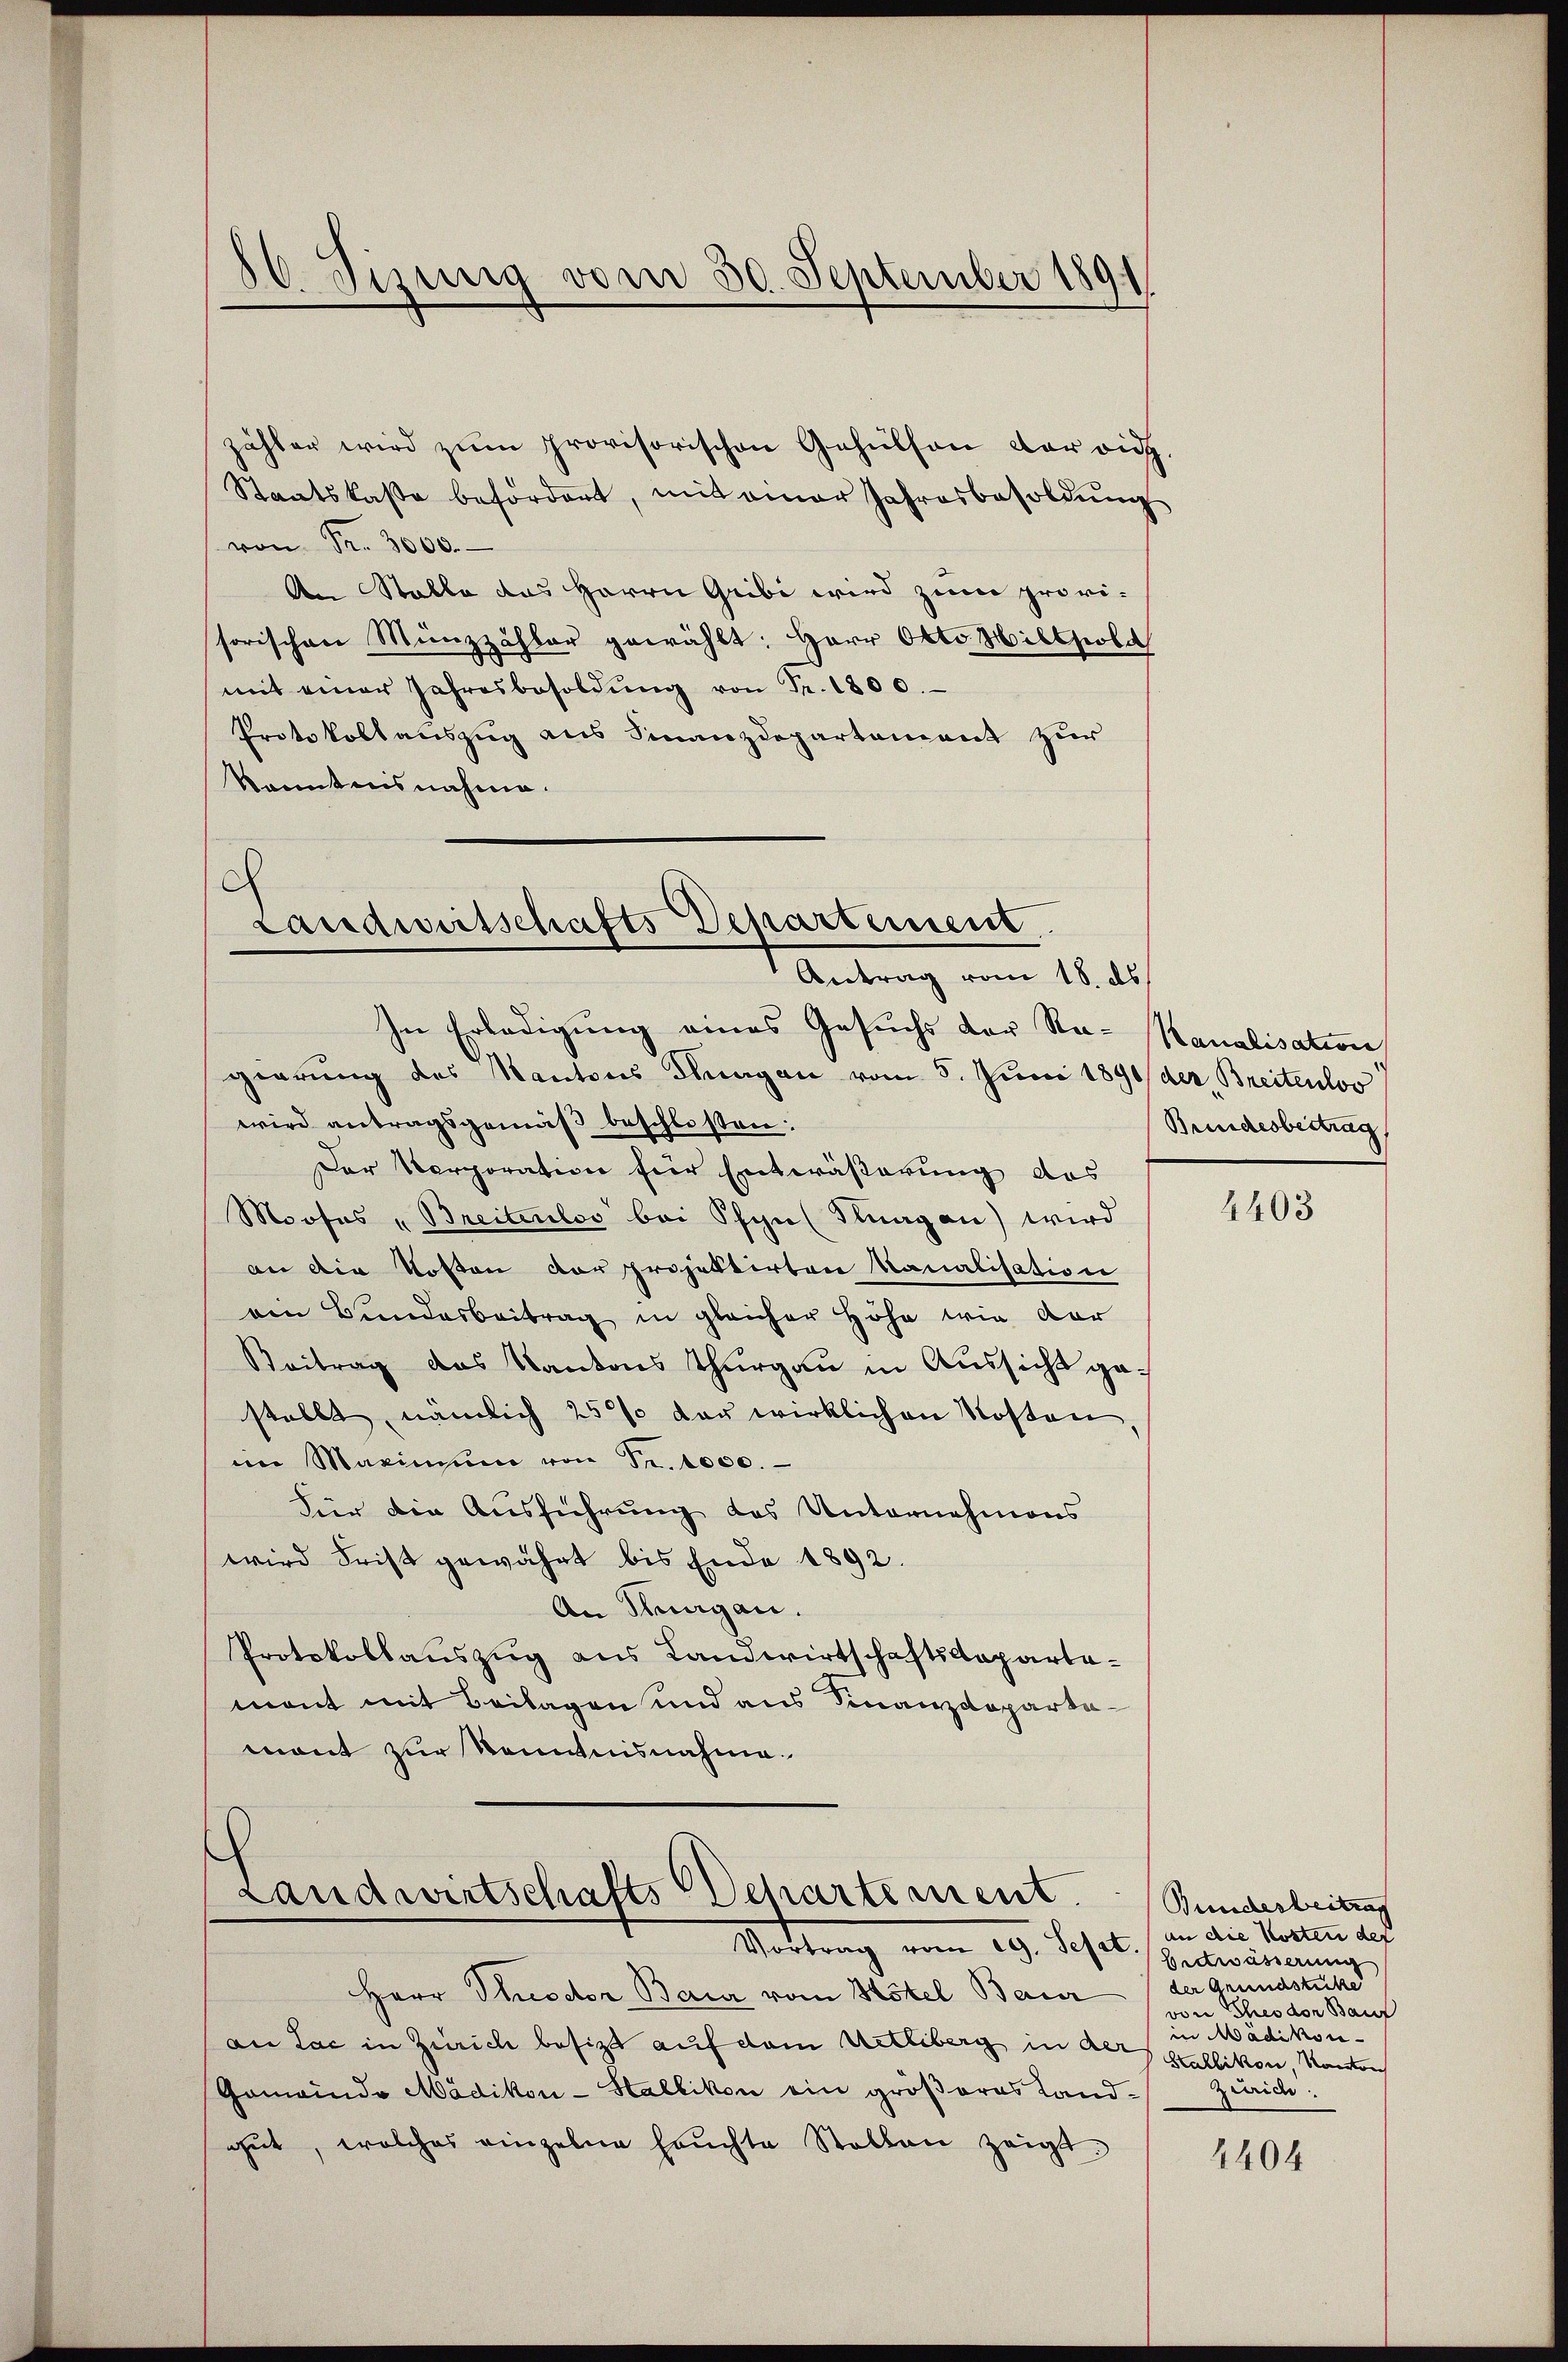
zähler wird zum provisorischen Gehülfen der rich.
Staatskasse befördert, mit einer Jahresbesoldung
von Fr. 3000.
An Stalle das Herrn Gribi wird zum provi-
sorischen Münzzähler gewählt: Herr Otto Hiltpola
mit einer Jahresbesoldŭng von Fr. 1800.
Protokollauszug aus Finanzdepartement zur
kanntnisnahme.

86 Sizig vom 30. September 1891

ch
Landwirtschafts Departement
Antrag vom 18. ds

In Erledigung eines Gesuchs der Re-Kanalisation
gierung des Kantons drungen vom 5. Juni 1890 der Breitenloo
wird antragsgemäß beschlossen:
Der Korporation für Entwässerung das
Mooses „Breitenlos bei Pfyn (Fluagan) wird
an die Kosten der projektirten Kanalisation
ein Bundesbeitrag in gleicher Höhe wie dar
Beitrag das Kantons Thurgau in Aussicht gestellt, nämlich 25% der wirklichen Kosten
im Maximum von Fr. 1000.
Für die Ausführung des Unternehmens
wird Frist gewährt bis Ende 1892.
An Thurgau.
Protokollauszug aus Landwirtschaftsdepartemont mit Beilagen und aus Finanzdepartemont zur Kenntnisnahme.

Landwirtschafts Departement.
Vortrag vom 29. Sept.

Herr Theodor Baur vom Hotel Baur
an Lac in Zürich besitzt auf dem Uetliberg in der Stallikon, Kanton
Gomainde Mädikon-Stallikon ein größeres Landgut, welches einzelne Haŭchte Stellen zeigt.

Bundesbeitrag

4403

Bundesbeitrag
an die Kosten der
Entwässerung
der Grundstücke
von Theodor Bauf
in Mädikon-
Zürich.

4404